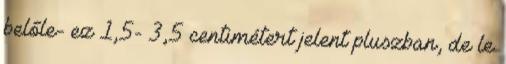
belőle- ez 1,5- 3,5 centimétert jelent pluszban, de le